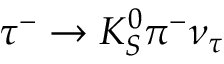
\tau ^ { - } \to K _ { S } ^ { 0 } \pi ^ { - } \nu _ { \tau }